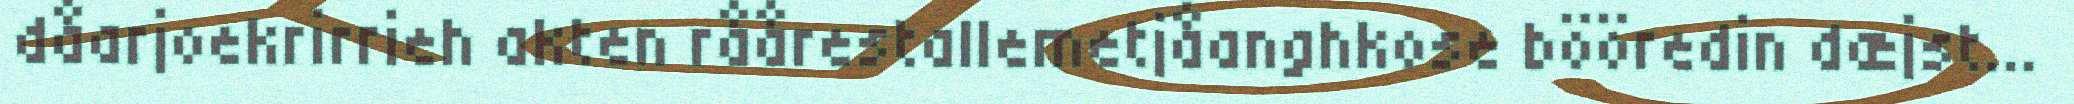
dåarjoekrirrieh akten råårestallemetjåanghkose bööredin dæjst...